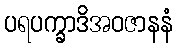
ပရပက္ခာဒိအဝဇာနနံ